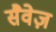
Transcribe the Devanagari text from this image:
सैवेज़